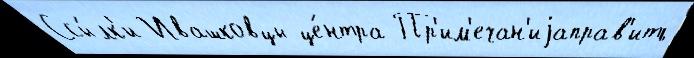
Ссы́лк'и Ивашковцы це́нтра Пр'им'ечан'иjаправ'ить